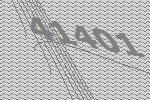
41401